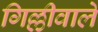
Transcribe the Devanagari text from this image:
गिल्लीवाले